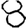
Digit: 8